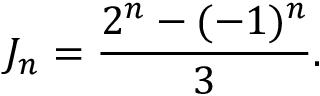
J _ { n } = { \frac { 2 ^ { n } - ( - 1 ) ^ { n } } { 3 } } .